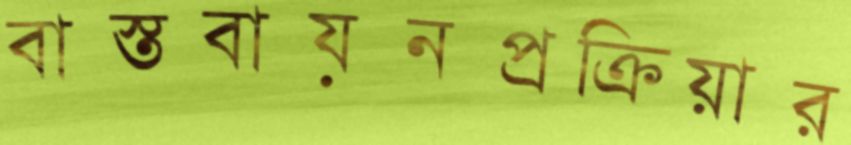
বাস্তবায়নপ্রক্রিয়ার